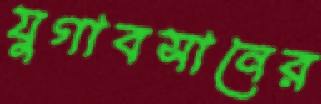
যুগাবসানের